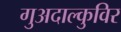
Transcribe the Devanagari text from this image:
गुअदाल्कुविर